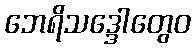
ဘေရိသဒ္ဒေါတွေဝ